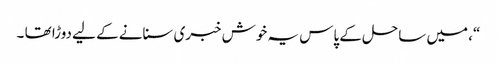
“، میں ساحل کے پاس یہ خوش خبری سنانے کے لیے دوڑا تھا ۔